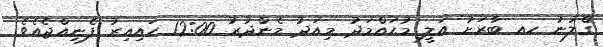
ގެްލުނު ހއ ބާރަށު އަލީ މުޙައްމަދު މިއަދު މެންދުރު 12:00 ހައިއިރު ފެނިއްޖެއެވެ.